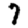
Digit: 7